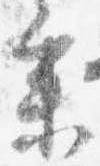
参